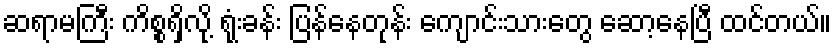
ဆရာမကြီး ကိစ္စရှိလို့ ရုံးခန်း ပြန်နေတုန်း ကျောင်းသားတွေ ဆော့နေပြီ ထင်တယ်။